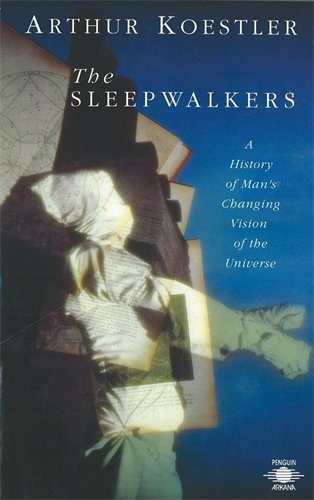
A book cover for The Sleepwalkers: A History of Man's Changing Vision of the Universe (Compass); Arthur Koestler; Politics & Social Sciences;